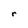
Character: r